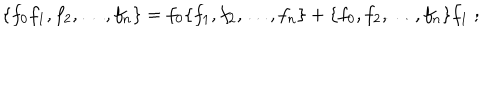
LaTeX: \{ f _ { 0 } f _ { 1 } , f _ { 2 } , \ldots , f _ { n } \} = f _ { 0 } \{ f _ { 1 } , f _ { 2 } , \ldots , f _ { n } \} + \{ f _ { 0 } , f _ { 2 } , \ldots , f _ { n } \} f _ { 1 } \; ;